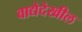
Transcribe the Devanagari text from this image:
वाद्येदेखील